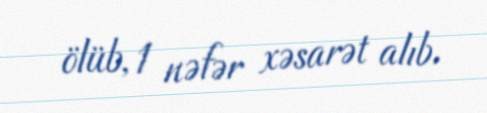
ölüb, 1 nəfər xəsarət alıb.